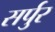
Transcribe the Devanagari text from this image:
सर्पुर